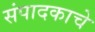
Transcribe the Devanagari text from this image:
संपादकाचे